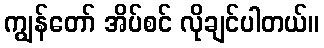
ကျွန်တော် အိပ်စင် လိုချင်ပါတယ်။